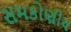
સમકોણીય